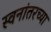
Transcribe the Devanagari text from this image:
स्वनांतरच्या